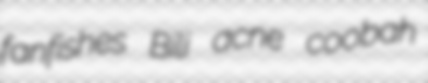
fanfishes Bili acne coobah